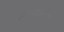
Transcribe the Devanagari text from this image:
नियमाविषयी